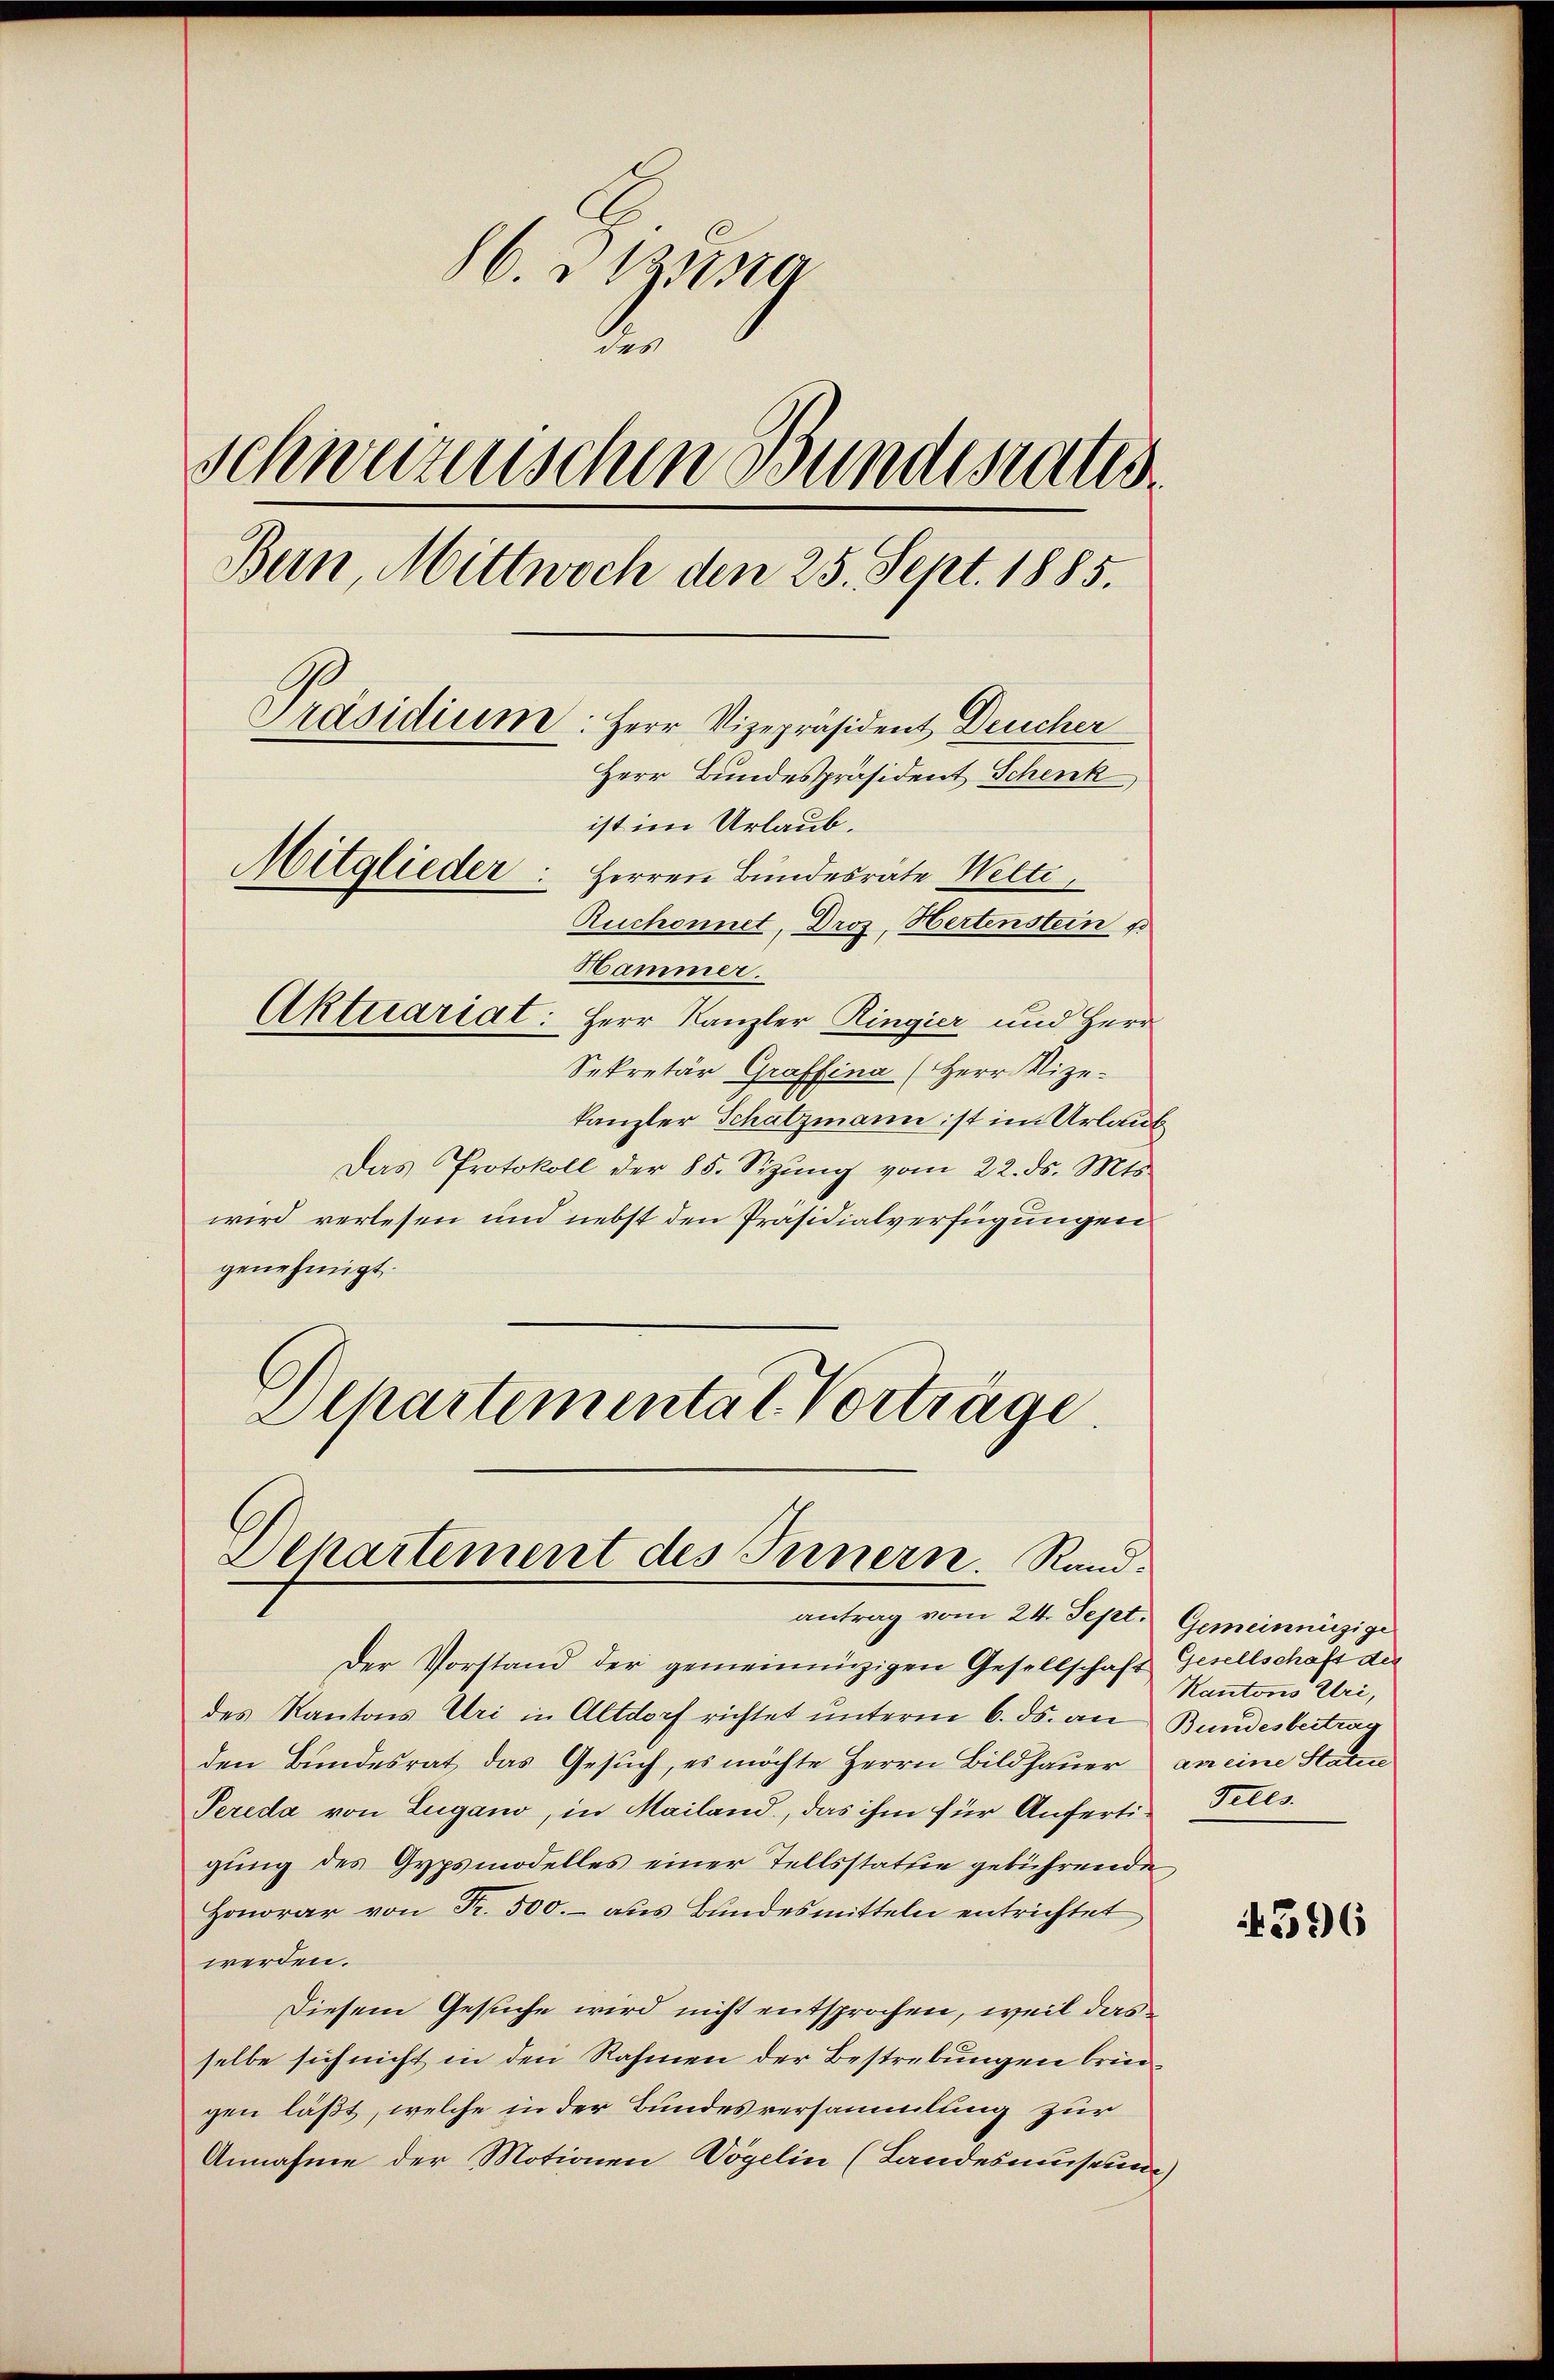
86. 21 sta
der
Schweizerischen Bundesrates
Bern, Mittwoch den 25. Sept. 1885.
Präsidium: Herr Vizepräsident Deucher
Herr Bundespräsident Schenk,
ist im Urlaub.
Mitglieder: Herren Bundesräte Welti,
Ruchonnet, Droz, Hertenstein fo
Hammer.
Aktuariat: Herr Kanzler Ringier und Herr
Sekretär Graffina (Herr Vize-

kanzler Schatzmann ist im Urlaut
Das Protokoll der 85. Sizŭng vom 22. ds. Mts.
wird verlesen und nebst den Präsidialverfügungen
genehmigt.
Departementat Vorträge.
Dehartement des Innern. Rand.
antrag vom 24. Sept. Gemeinnüzige
Der Vorstand der gemeinnüzigen Gesellschaft Gesellschaft der
des Kantons Uri in Altdorf richtet unterm 6. ds. an
den Bundesrat das Gesuch, es möchte Herrn Bildhauer
Pereda von Lugano, in Mailand, das ihm für Anferti-Teles.
gung des Gypsmodelles einer Tellsstatte gebührende
Honorar von Fr. 500.- aus Bundesmitteln entrichtet,
werden.
Diesem Gesuche wird nicht entsprochen, weil das
selbe sich nicht in den Rahmen der Bestrebungen bringen läßt, welche in der Bundesversammlung zur
Annahme der Motionen Vögelin (Landesmuseun¬

Kantons Uri,
Bundesbeitrag
an eine Statue

h

4596